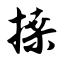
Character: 搡